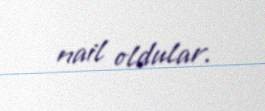
nail oldular.